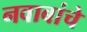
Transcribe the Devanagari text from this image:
नवाबांचे